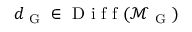
d _ { \mathrm { ~ G ~ } } \in \mathrm { ~ D ~ i ~ f ~ f ~ } ( \mathcal { M } _ { \mathrm { ~ G ~ } } )